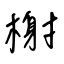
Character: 榭